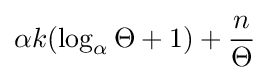
\alpha k(\log _{\alpha }\Theta +1)+{\frac {n}{\Theta }}